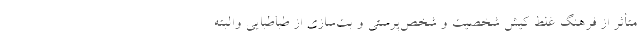
متأثر از فرهنگ غلط کیش شخصیت و شخص‌پرستی و بت‌سازی از طباطبایی و‌البته